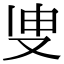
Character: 𭆪